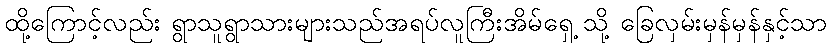
ထို့ကြောင့်လည်း ရွာသူရွာသားများသည်အရပ်လူကြီးအိမ်ရှေ့ သို့ ခြေလှမ်းမှန်မှန်နှင့်သာ